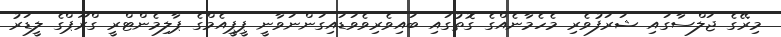
މިރޭގެ ޖަލްސާގައި ޝަރަފުވެރި މެހެމާނެއްގެ ގޮތުގައި ބައިވެރިވެވަޑައިގަންނަވާނީ ޕީޕީއެމްގެ ޕާލިމެންޓްރީ ގްރޫޕްގެ ލީޑަރު